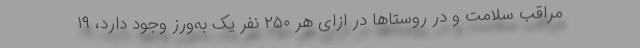
مراقب سلامت و در روستاها در ازای هر ۲۵۰ نفر یک به‌ورز وجود دارد، ۱۹